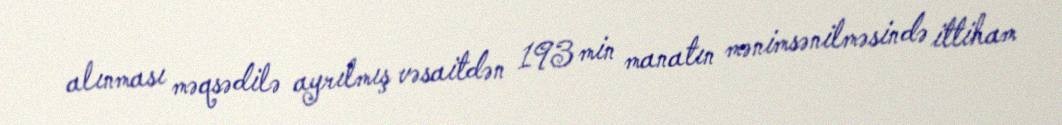
alınması məqsədilə ayrılmış vəsaitdən 193 min manatın mənimsənilməsində ittiham